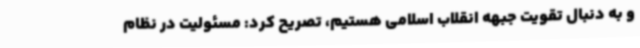
و به دنبال تقویت جبهه انقلاب اسلامی هستیم، تصریح کرد: مسئولیت در نظام